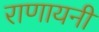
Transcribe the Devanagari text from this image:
राणायनी